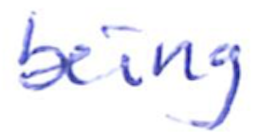
Text: being
Cross-out: clean
Writing tool: ballpoint